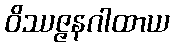
ဝိဿဇ္ဇနဂါထာယ